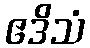
ဧဒိသံ